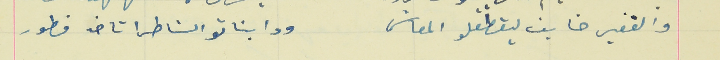
والقفير خايف يقطعلو المعاش                                ودا بناتو الشاطرا تاخد فطور